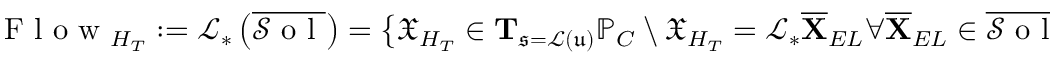
\mathrm { ~ F ~ l ~ o ~ w ~ } _ { H _ { T } } : = \mathcal { L } _ { * } \left( \overline { { \mathcal { S } \mathrm { ~ o ~ l ~ } } } \right) = \big \{ \mathfrak { X } _ { H _ { T } } \in \mathbf { T } _ { \mathfrak { s } = \mathcal { L } ( \mathfrak { u } ) } \mathbb { P } _ { C } \ \backslash \ \mathfrak { X } _ { H _ { T } } = \mathcal { L } _ { * } \overline { { \mathbf { X } } } _ { E L } \forall \overline { { \mathbf { X } } } _ { E L } \in \overline { { \mathcal { S } \mathrm { ~ o ~ l ~ } } } \big \} .